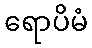
ရောပိမံ